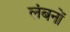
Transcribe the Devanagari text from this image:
लंबनों